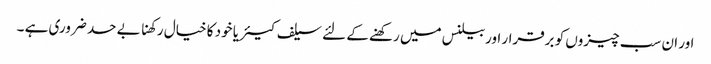
اور ان سب چیزوں کو برقرار اوربیلنس میں رکھنے کے لئے سیلف کیئر یا خود کا خیال رکھنا بے حد ضروری ہے ۔